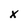
Character: x